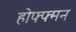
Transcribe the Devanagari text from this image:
होफ्फ्मन